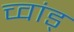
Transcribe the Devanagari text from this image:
च्वांड्